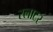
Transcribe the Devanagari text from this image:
स्‍लाटर